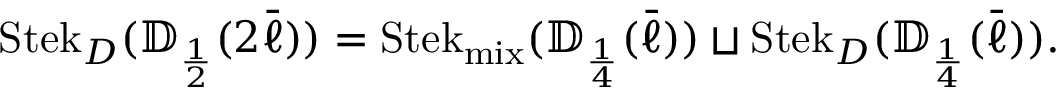
\operatorname { S t e k } _ { D } ( { \mathbb { D } } _ { \scriptscriptstyle { \frac { 1 } { 2 } } } ( 2 \bar { \ell } ) ) = \operatorname { S t e k } _ { \operatorname { m i x } } ( { \mathbb { D } } _ { \scriptscriptstyle { \frac { 1 } { 4 } } } ( \bar { \ell } ) ) \sqcup \operatorname { S t e k } _ { D } ( { \mathbb { D } } _ { \scriptscriptstyle { \frac { 1 } { 4 } } } ( \bar { \ell } ) ) .